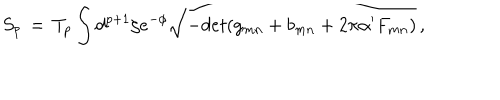
S _ { p } \, = \, T _ { p } \int d ^ { p + 1 } \zeta e ^ { - \phi } \sqrt { - d e t ( g _ { m n } + b _ { m n } + 2 \pi \alpha ^ { \prime } F _ { m n } ) } \, ,